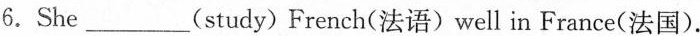
6.She___(study)French(法语)well in France(法国).